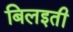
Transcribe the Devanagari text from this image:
बिलइती